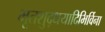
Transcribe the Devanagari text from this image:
भूतशुद्धयादिभिर्विना